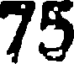
75